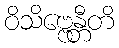
ဝိသိဗ္ဗေန္တီတိ